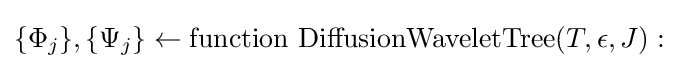
\lbrace \Phi _{j}\rbrace ,\lbrace \Psi _{j}\rbrace \leftarrow {\text{function DiffusionWaveletTree}}(T,\epsilon ,J):